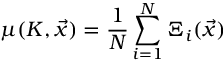
\mu ( K , \vec { x } ) = \frac { 1 } { N } \sum _ { i = 1 } ^ { N } \Xi _ { i } ( \vec { x } )